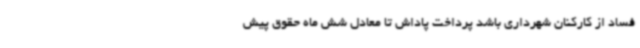
فساد از کارکنان شهرداری باشد پرداخت پاداش تا معادل شش ماه حقوق پیش